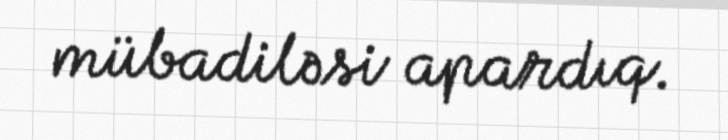
mübadiləsi apardıq.